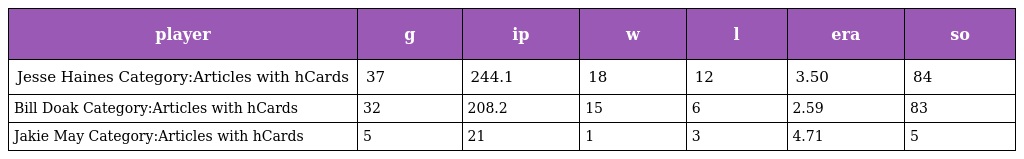
| player | g | ip | w | l | era | so |
 | --- | --- | --- | --- | --- | --- | --- |
 | Jesse Haines Category:Articles with hCards | 37 | 244.1 | 18 | 12 | 3.50 | 84 |
 | Bill Doak Category:Articles with hCards | 32 | 208.2 | 15 | 6 | 2.59 | 83 |
 | Jakie May Category:Articles with hCards | 5 | 21 | 1 | 3 | 4.71 | 5 |